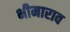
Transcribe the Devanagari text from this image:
भीमाराव